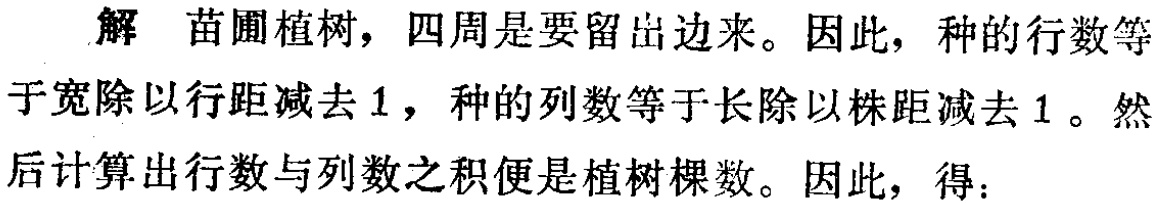
解 苗圃植树，四周是要留出边来。因此，种的行数等于宽除以行距减去 1，种的列数等于长除以株距减去 1。然后计算出行数与列数之积便是植树棵数。因此，得：